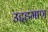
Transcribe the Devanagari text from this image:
उद्दहमाण